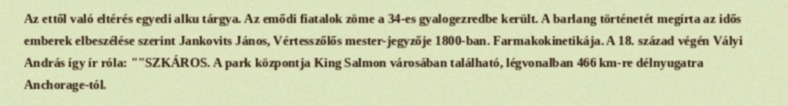
Az ettől való eltérés egyedi alku tárgya. Az emődi fiatalok zöme a 34-es gyalogezredbe került. A barlang történetét megírta az idős emberek elbeszélése szerint Jankovits János, Vértesszőlős mester-jegyzője 1800-ban. Farmakokinetikája. A 18. század végén Vályi András így ír róla: ""SZKÁROS. A park központja King Salmon városában található, légvonalban 466 km-re délnyugatra Anchorage-tól.